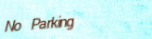
No Parking